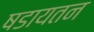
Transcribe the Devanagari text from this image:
षडायतन